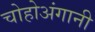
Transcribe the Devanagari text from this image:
चोहोअंगानी